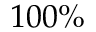
1 0 0 \%